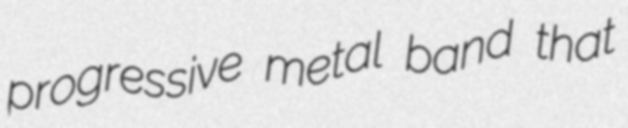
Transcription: progressive metal band that